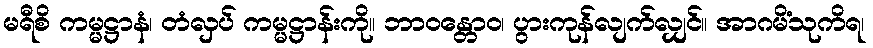
မရီစိ ကမ္မဋ္ဌာနံ၊ တံလှပ် ကမ္မဋ္ဌာန်းကို။ ဘာဝန္တောဝ၊ ပွားကုန်လျက်လျှင်။ အာဂမိံသုကိရ၊